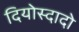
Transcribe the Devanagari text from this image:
दियोस्दादो